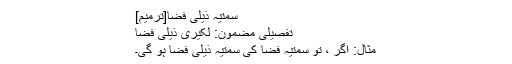
سمتیہ ذیلی فضا[ترمیم]
تفصیلی مضمون: لکیری ذیلی فضا
مثال: اگر ، تو سمتیہ فضا کی سمتیہ ذیلی فضا ہو گی۔